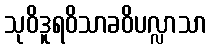
သုဝိဒူရဝိသာခဝိပလ္လာသာ